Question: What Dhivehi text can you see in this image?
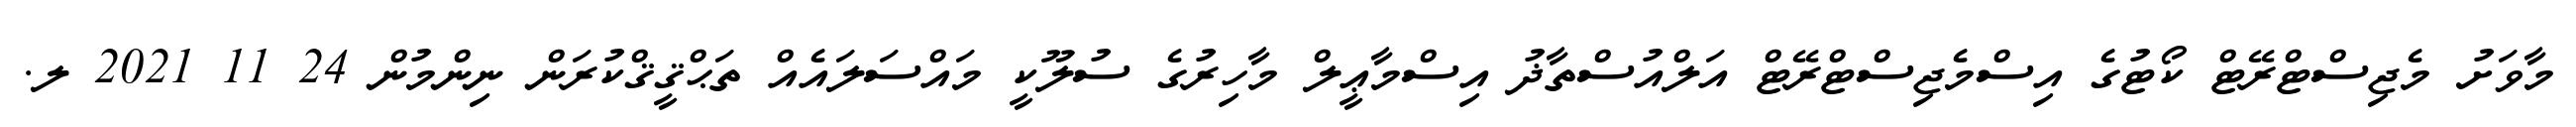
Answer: މާވަށު މެޖިސްޓްރޭޓް ކޯޓުގެ އިސްމެޖިސްޓްރޭޓް އަލްއުސްތާޛު އިސްމާޢީލް މާހިރުގެ ސުލޫކީ މައްސަލައެއް ތަޙްޤީޤްކުރަން ނިންމުން 24 11 2021 ލ.